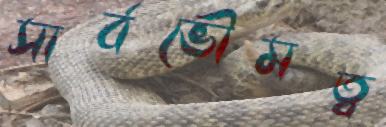
সার্বভৌমত্ব